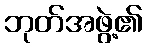
ဘုတ်အဖွဲ့၏